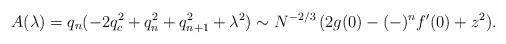
\begin{align*}A(\lambda)=q_n (-2q_c^2 + q_n^2 + q_{n+1}^2 + \lambda^2)\sim N^{-2/3}\, (2g(0)-(-)^n f'(0) + z^2).\end{align*}